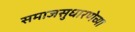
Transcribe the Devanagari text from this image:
समाजसुधारणेच्या